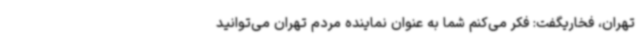
تهران، فخاریگفت: فکر می‌کنم شما به عنوان نماینده مردم تهران می‌توانید